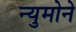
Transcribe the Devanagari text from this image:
न्युमोने